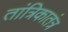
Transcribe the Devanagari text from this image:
तांत्रिकातंत्र